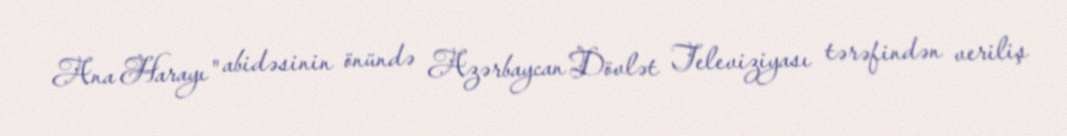
Ana Harayı" abidəsinin önündə Azərbaycan Dövlət Televiziyası tərəfindən veriliş